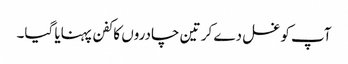
آپ کو غسل دے کر تین چادروں کا کفن پہنایا گیا۔